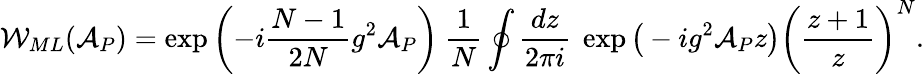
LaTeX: {\cal W}_{ML}({\cal A}_{P})=\exp\left(-i\frac{N-1}{2N}g^{2}{\cal A}_{P}\right)~\frac{1}{N}\oint\frac{dz}{2\pi i}~\exp\big(-ig^{2}{\cal A}_{P}z\big)\bigg(\frac{z+1}{z}\bigg)^{N}.